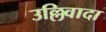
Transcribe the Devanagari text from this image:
उल्लिवादा